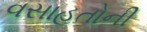
વસાહતોની